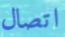
اتصال